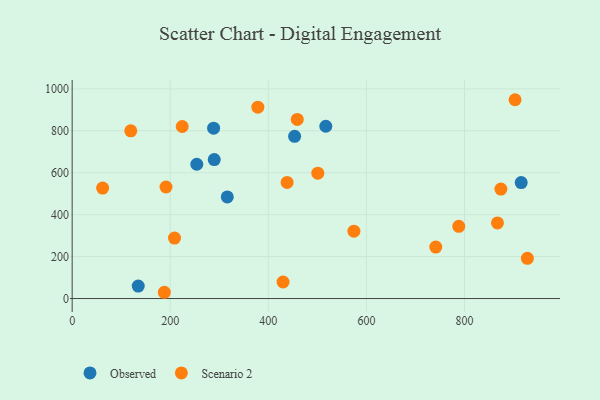
{"axis": {"x": "Investment", "y": "Yield"}, "legend": ["Observed", "Scenario 2"], "data": [{"x": "316.3", "y": 484.8, "type": "Observed"}, {"x": "289.7", "y": 662.9, "type": "Observed"}, {"x": "134.7", "y": 59.3, "type": "Observed"}, {"x": "254.1", "y": 640.5, "type": "Observed"}, {"x": "288.4", "y": 812.6, "type": "Observed"}, {"x": "915.6", "y": 553.2, "type": "Observed"}, {"x": "453.6", "y": 773.5, "type": "Observed"}, {"x": "517.2", "y": 821.8, "type": "Observed"}, {"x": "187.9", "y": 29.9, "type": "Scenario 2"}, {"x": "500.9", "y": 597.7, "type": "Scenario 2"}, {"x": "574.5", "y": 321.5, "type": "Scenario 2"}, {"x": "928.2", "y": 191.8, "type": "Scenario 2"}, {"x": "224.4", "y": 820.4, "type": "Scenario 2"}, {"x": "119.5", "y": 800.0, "type": "Scenario 2"}, {"x": "378.6", "y": 912.7, "type": "Scenario 2"}, {"x": "438.3", "y": 553.6, "type": "Scenario 2"}, {"x": "459.0", "y": 854.3, "type": "Scenario 2"}, {"x": "903.1", "y": 948.2, "type": "Scenario 2"}, {"x": "208.7", "y": 288.3, "type": "Scenario 2"}, {"x": "741.4", "y": 245.4, "type": "Scenario 2"}, {"x": "867.2", "y": 360.7, "type": "Scenario 2"}, {"x": "62.1", "y": 527.0, "type": "Scenario 2"}, {"x": "788.3", "y": 344.2, "type": "Scenario 2"}, {"x": "874.2", "y": 522.1, "type": "Scenario 2"}, {"x": "430.0", "y": 79.0, "type": "Scenario 2"}, {"x": "191.3", "y": 532.0, "type": "Scenario 2"}]}